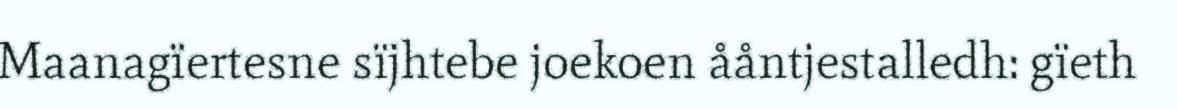
Maanagïertesne sïjhtebe joekoen ååntjestalledh: gïeth